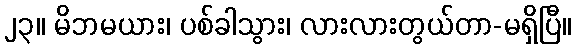
၂၃။ မိဘမယား၊ ပစ်ခါသွား၊ လားလားတွယ်တာ-မရှိပြီ။